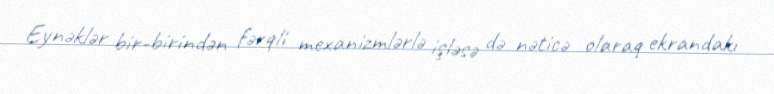
Eynəklər bir-birindən fərqli mexanizmlərlə işləsə də nəticə olaraq ekrandakı